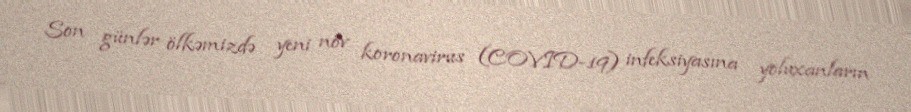
Son günlər ölkəmizdə yeni növ koronavirus (COVID-19) infeksiyasına yoluxanların